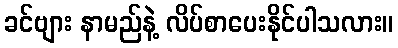
ခင်ဗျား နာမည်နဲ့ လိပ်စာပေးနိုင်ပါသလား။